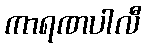
ကာရဏပါလီ